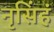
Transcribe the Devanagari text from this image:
नृसिंहं